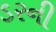
ડરની